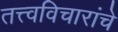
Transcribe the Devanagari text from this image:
तत्त्वविचारांचे